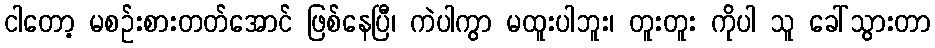
ငါတော့ မစဉ်းစားတတ်အောင် ဖြစ်နေပြီ၊ ကဲပါကွာ မထူးပါဘူး၊ တူးတူး ကိုပါ သူ ခေါ်သွားတာ